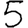
Digit: 5